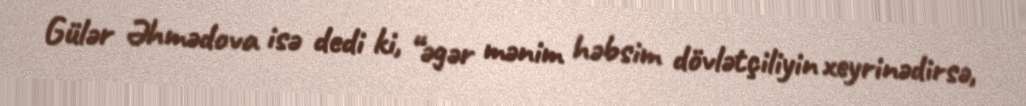
Gülər Əhmədova isə dedi ki, “əgər mənim həbsim dövlətçiliyin xeyrinədirsə,